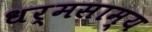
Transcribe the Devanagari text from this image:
धर्मसाम्य